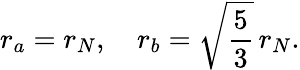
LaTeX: r_{a}=r_{N},\quad r_{b}=\sqrt{\frac{5}{3}}\, r_{N}.